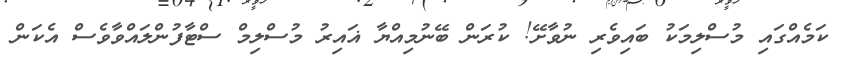
ކަމެއްގައި މުސްލިމަކު ބައިވެރި ނުވާށޭ! ކުރަން ބޭނުމިއްޔާ ޣައިރު މުސްލިމް ސްޓާފުންލައްވާވެސް އެކަން